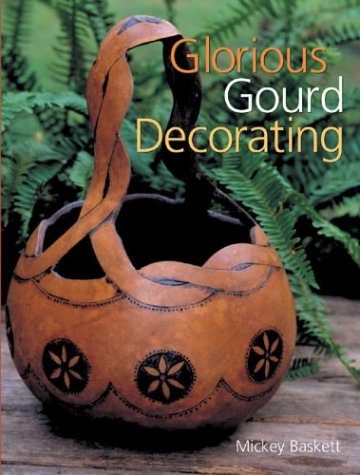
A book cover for Glorious Gourd Decorating; Mickey Baskett; Crafts, Hobbies & Home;